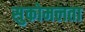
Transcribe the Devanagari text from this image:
सुकोमलता